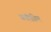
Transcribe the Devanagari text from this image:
कॉफ़ीन